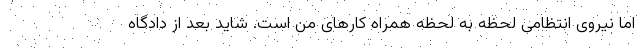
اما نیروی انتظامی لحظه به لحظه همراه کارهای من است. شاید بعد از دادگاه